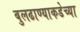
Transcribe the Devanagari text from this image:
बुलढाण्याकडेच्या